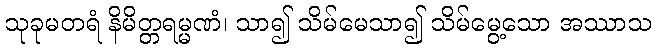
သုခုမတရံ နိမိတ္တရမ္မဏံ၊ သာ၍ သိမ်မေသာ၍ သိမ်မွေ့သော အဿာသ